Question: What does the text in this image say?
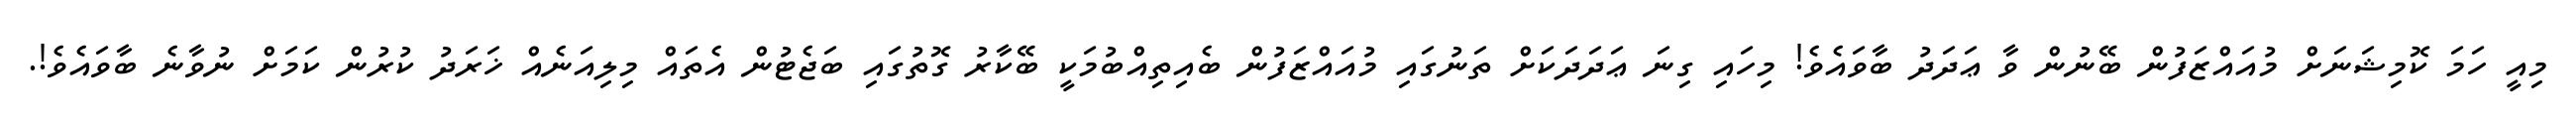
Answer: މިއީ ހަމަ ކޮމިޝަނަށް މުއައްޒަފުން ބޭނުން ވާ ޢަދަދު ބާވައެވެ! މިހައި ގިނަ ޢަދަދަކަށް ތަނުގައި މުއައްޒަފުން ބެއިތިއްބުމަކީ ބޭކާރު ގޮތުގައި ބަޖެޓުން އެތައް މިލިއަނެއް ޚަރަދު ކުރުން ކަމަށް ނުވާނެ ބާވައެވެ!.